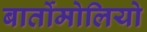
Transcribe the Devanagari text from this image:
बार्तोमोलियो